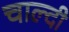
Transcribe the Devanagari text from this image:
चाल्दी